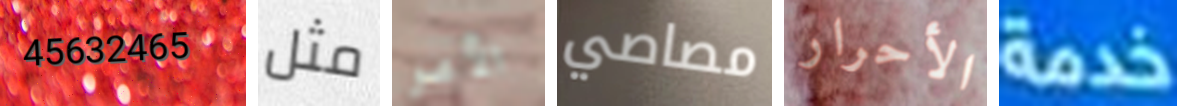
45632465 مثل الأمر مصاصي الأحرار خدمة